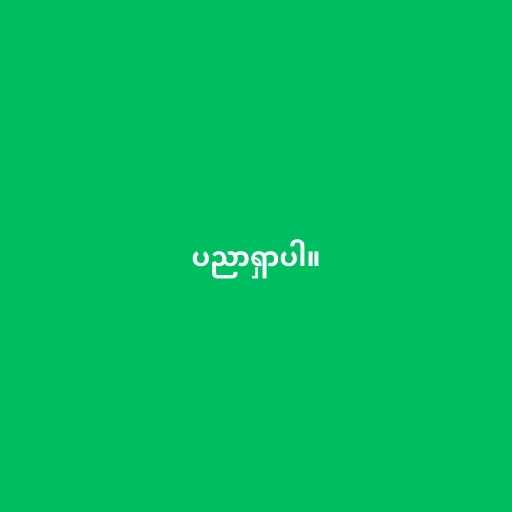
ပညာရှာပါ။